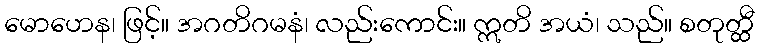
မောဟေန၊ ဖြင့်။ အဂတိဂမနံ၊ လည်းကောင်း။ ဣတိ အယံ၊ သည်။ စတုတ္ထီ